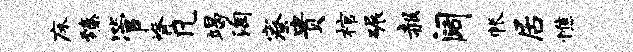
床臻管脊凡竭淘寮贵棺碾赧阔帐居憔